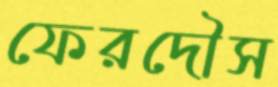
ফেরদৌস